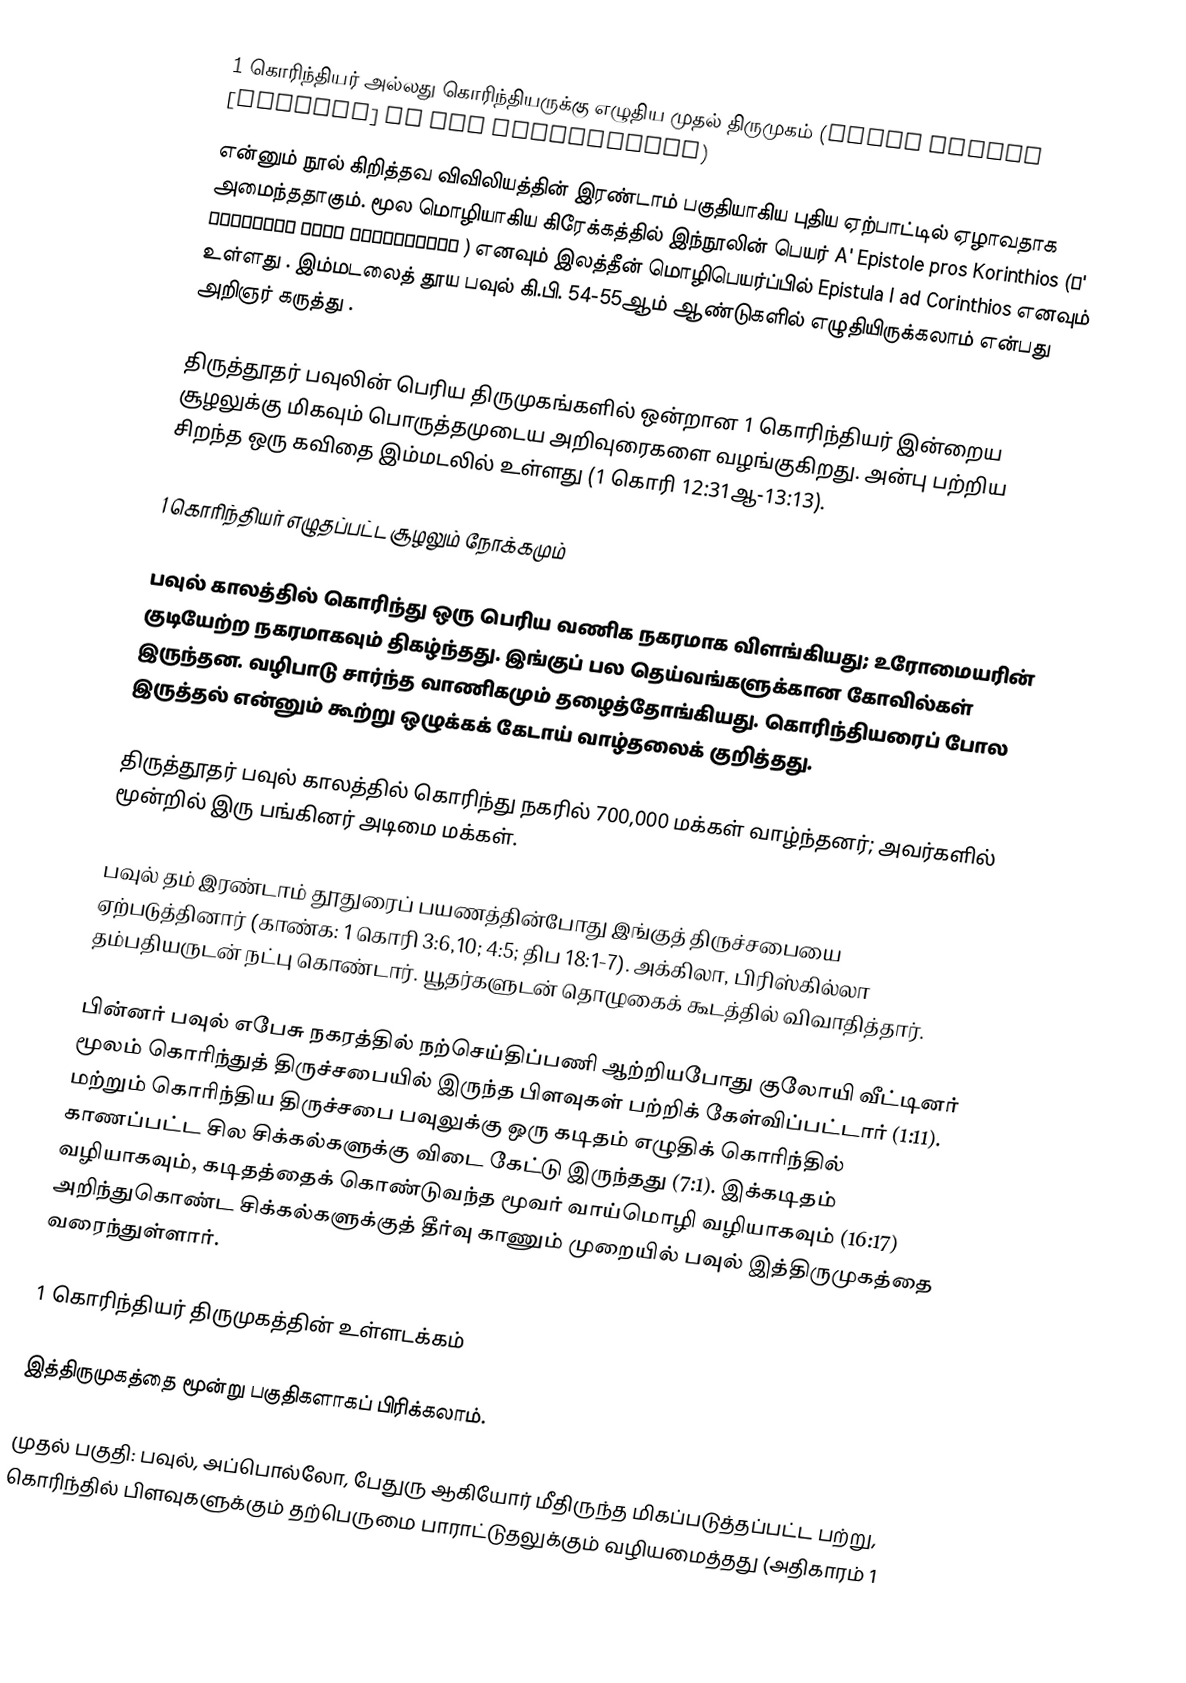
1 கொரிந்தியர் அல்லது கொரிந்தியருக்கு எழுதிய முதல் திருமுகம் (First Letter [Epistle] to the Corinthians)
என்னும் நூல் கிறித்தவ விவிலியத்தின் இரண்டாம் பகுதியாகிய புதிய ஏற்பாட்டில் ஏழாவதாக அமைந்ததாகும். மூல மொழியாகிய கிரேக்கத்தில் இந்நூலின் பெயர் A' Epistole pros Korinthios (Α' Επιστολή προς Κορινθίους ) எனவும் இலத்தீன் மொழிபெயர்ப்பில் Epistula I ad Corinthios எனவும் உள்ளது . இம்மடலைத் தூய பவுல்  கி.பி. 54-55ஆம் ஆண்டுகளில் எழுதியிருக்கலாம் என்பது அறிஞர் கருத்து .

திருத்தூதர் பவுலின் பெரிய திருமுகங்களில் ஒன்றான 1 கொரிந்தியர் இன்றைய சூழலுக்கு மிகவும் பொருத்தமுடைய அறிவுரைகளை வழங்குகிறது. அன்பு பற்றிய சிறந்த ஒரு கவிதை இம்மடலில் உள்ளது (1 கொரி 12:31ஆ-13:13).

1 கொரிந்தியர் எழுதப்பட்ட சூழலும் நோக்கமும்

பவுல் காலத்தில் கொரிந்து ஒரு பெரிய வணிக நகரமாக விளங்கியது; உரோமையரின் குடியேற்ற நகரமாகவும் திகழ்ந்தது. இங்குப் பல தெய்வங்களுக்கான கோவில்கள் இருந்தன. வழிபாடு சார்ந்த வாணிகமும் தழைத்தோங்கியது. கொரிந்தியரைப் போல இருத்தல் என்னும் கூற்று ஒழுக்கக் கேடாய் வாழ்தலைக் குறித்தது.

திருத்தூதர் பவுல் காலத்தில் கொரிந்து நகரில் 700,000 மக்கள் வாழ்ந்தனர்; அவர்களில் மூன்றில் இரு பங்கினர் அடிமை மக்கள்.

பவுல் தம் இரண்டாம் தூதுரைப் பயணத்தின்போது இங்குத் திருச்சபையை ஏற்படுத்தினார் (காண்க: 1 கொரி 3:6,10; 4:5; திப 18:1-7). அக்கிலா, பிரிஸ்கில்லா தம்பதியருடன் நட்பு கொண்டார். யூதர்களுடன் தொழுகைக் கூடத்தில் விவாதித்தார்.

பின்னர் பவுல் எபேசு நகரத்தில் நற்செய்திப்பணி ஆற்றியபோது குலோயி வீட்டினர் மூலம் கொரிந்துத் திருச்சபையில் இருந்த பிளவுகள் பற்றிக் கேள்விப்பட்டார் (1:11). மற்றும் கொரிந்திய திருச்சபை பவுலுக்கு ஒரு கடிதம் எழுதிக் கொரிந்தில் காணப்பட்ட சில சிக்கல்களுக்கு விடை கேட்டு இருந்தது (7:1). இக்கடிதம் வழியாகவும், கடிதத்தைக் கொண்டுவந்த மூவர் வாய்மொழி வழியாகவும் (16:17) அறிந்துகொண்ட சிக்கல்களுக்குத் தீர்வு காணும் முறையில் பவுல் இத்திருமுகத்தை வரைந்துள்ளார்.

1 கொரிந்தியர் திருமுகத்தின் உள்ளடக்கம்

இத்திருமுகத்தை மூன்று பகுதிகளாகப் பிரிக்கலாம்.

முதல் பகுதி: பவுல், அப்பொல்லோ, பேதுரு ஆகியோர் மீதிருந்த மிகப்படுத்தப்பட்ட பற்று, கொரிந்தில் பிளவுகளுக்கும் தற்பெருமை பாராட்டுதலுக்கும் வழியமைத்தது (அதிகாரம் 1